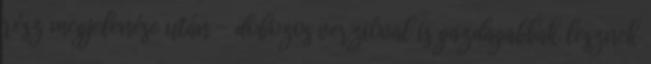
rész megjelenése után - dobozos verzióval is gazdagabbak lesznek